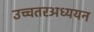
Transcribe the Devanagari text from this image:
उच्चतरअध्ययन